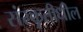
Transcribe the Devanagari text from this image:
संस्कृतीधील